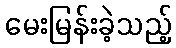
မေးမြန်းခဲ့သည့်